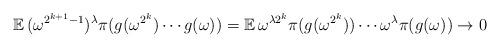
LaTeX: \begin{align*}\mathbb{E}\, (\omega^{2^{k+1}-1})^\lambda \pi(g(\omega^{2^k})\cdots g(\omega)) = \mathbb{E}\, \omega^{\lambda 2^k} \pi(g(\omega^{2^k}))\cdots \omega^\lambda \pi(g(\omega)) \rightarrow 0\end{align*}